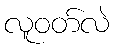
လူဝတ်လဲ